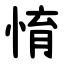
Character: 㥔